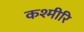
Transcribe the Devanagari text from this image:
कश्मीरि